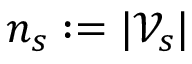
n _ { s } : = | \mathcal { V } _ { s } |